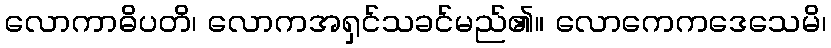
လောကာဓိပတိ၊ လောကအရှင်သခင်မည်၏။ လောကေကဒေသေမိ၊